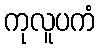
ကုလူပကံ